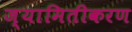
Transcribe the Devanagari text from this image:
ज्यामितीकरण